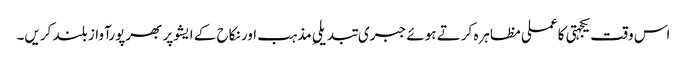
اس وقت یکجہتی کا عملی مظاہرہ کرتے ہوئے جبری تبدیلیِ مذہب اور نکاح کے ایشوپر بھرپورآواز بلند کریں۔